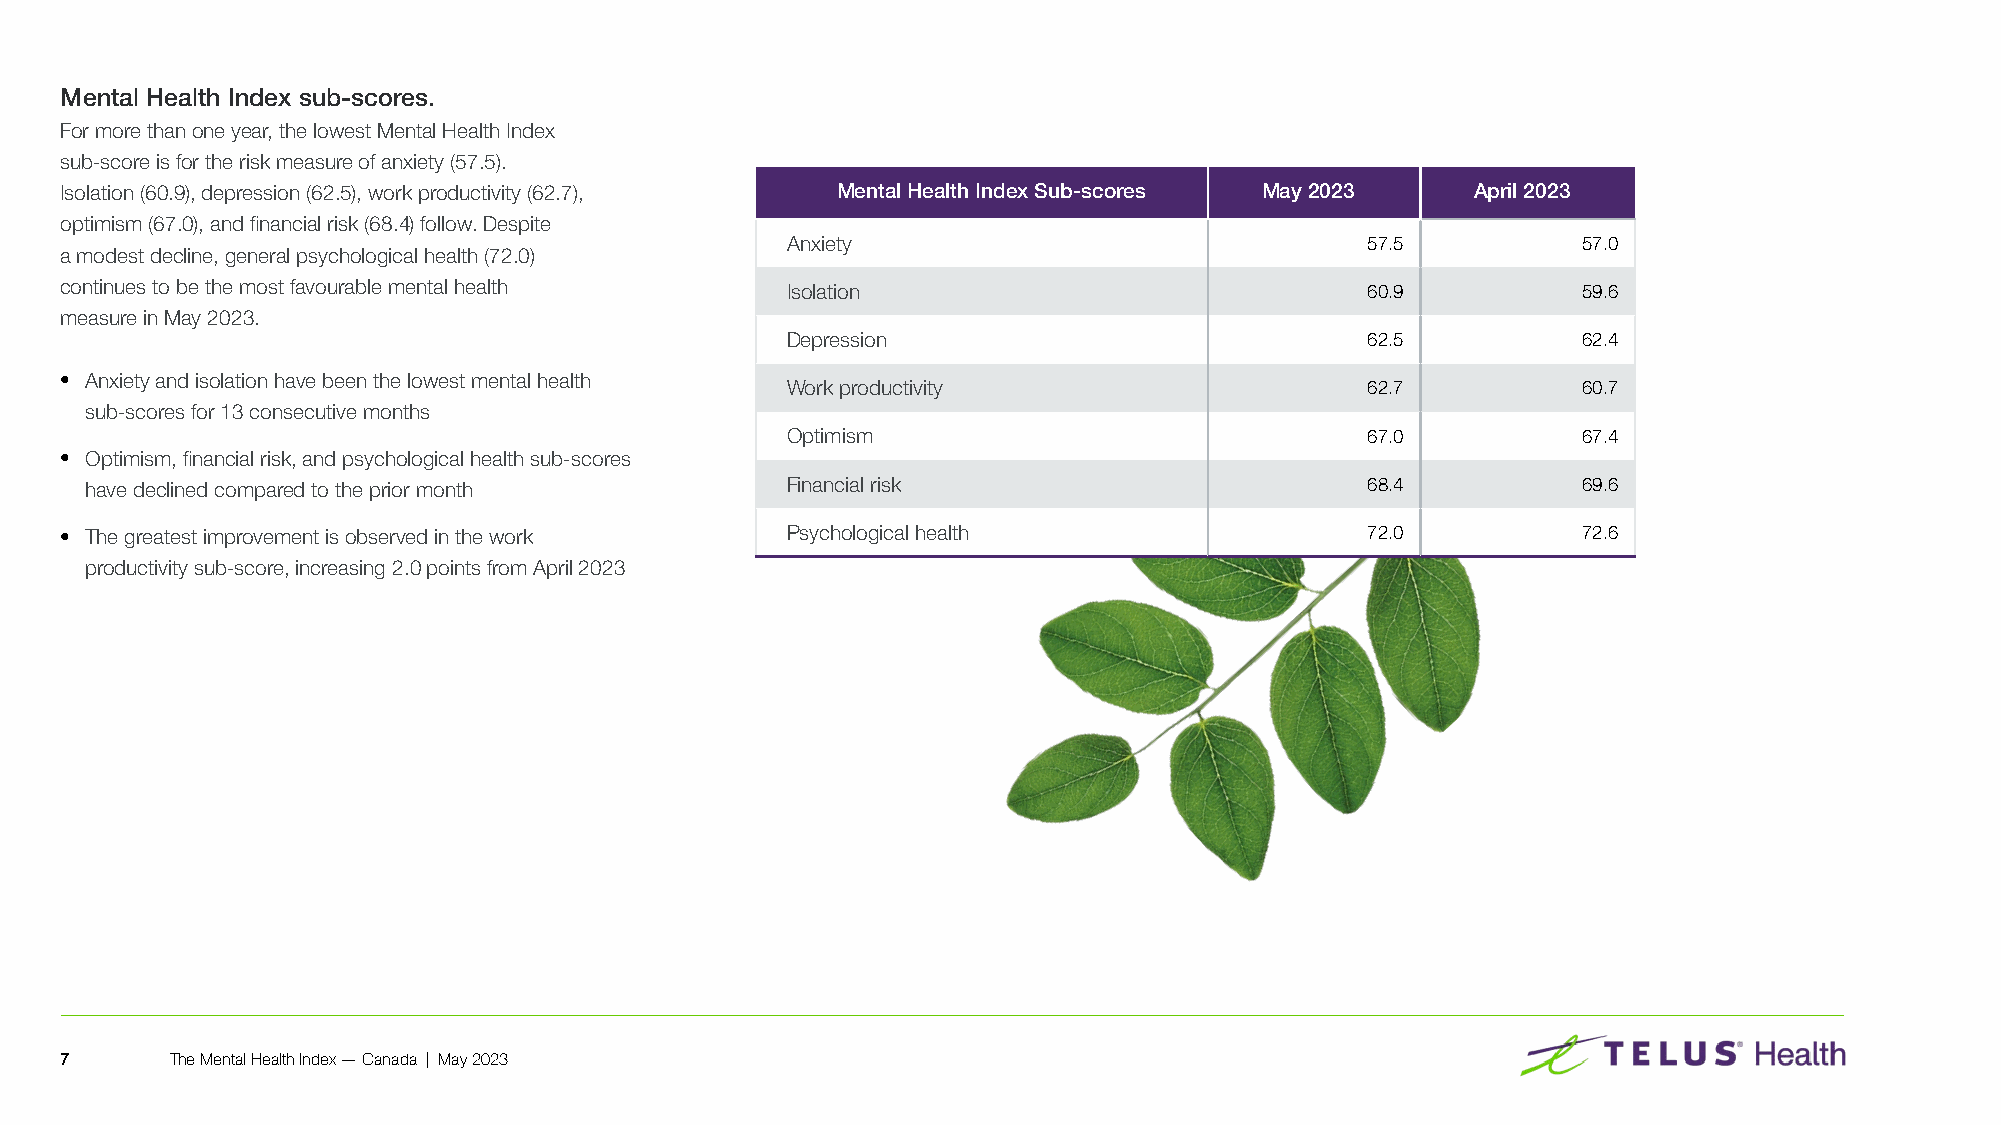
Mental Health Index sub-scores.
 For more than one year, the lowest Mental Health Index
 sub-score is for the risk measure of anxiety (57�5)�
 Isolation (60�9), depression (62�5), work productivity (62�7), Mental Health Index Sub-scores May 2023 April 2023
 optimism (67�0), and financial risk (68�4) follow� Despite
 Anxiety                               57�5           57�0
 a modest decline, general psychological health (72�0)
 continues to be the most favourable mental health Isolation                           60�9           59�6
 measure in May 2023�
 Depression                            62�5           62�4
 • Anxiety and isolation have been the lowest mental health Work productivity          62�7           60�7
 sub-scores for 13 consecutive months
 Optimism                              67�0           67�4
 • Optimism, financial risk, and psychological health sub-scores
 have declined compared to the prior month     Financial risk                        68�4           69�6
 • The greatest improvement is observed in the work Psychological health               72�0           72�6
 productivity sub-score, increasing 2�0 points from April 2023
 7      The Mental Health Index — Canada | May 2023